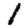
Digit: 1